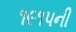
૧૯૧૫ની